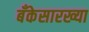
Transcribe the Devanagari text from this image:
बँकेसारख्या